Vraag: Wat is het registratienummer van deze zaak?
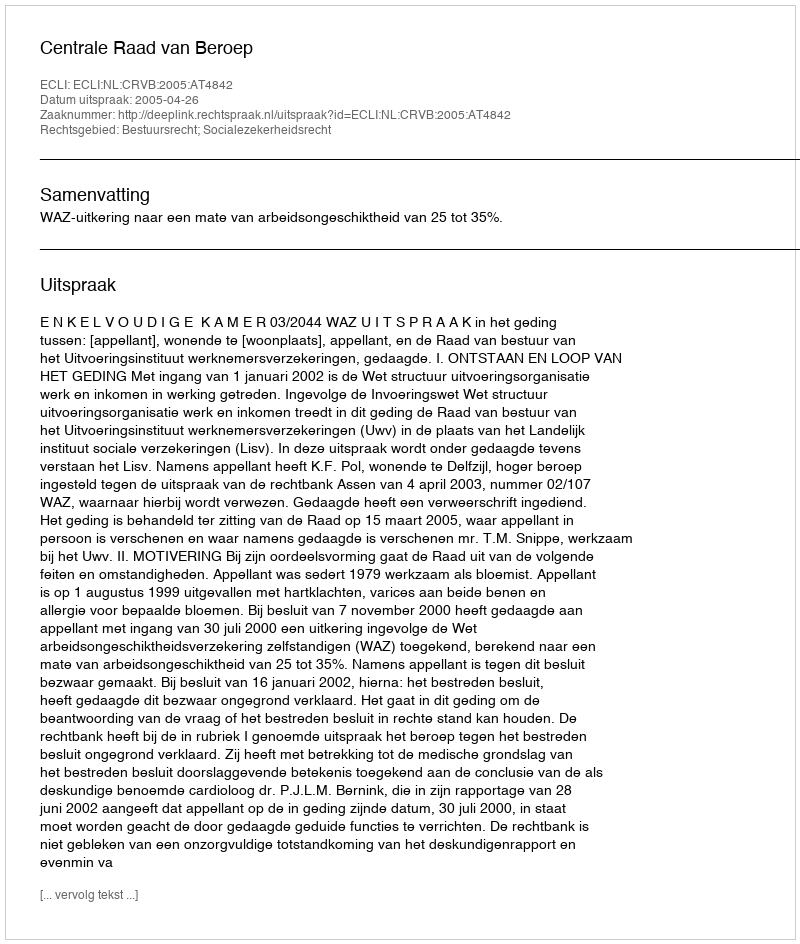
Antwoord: http://deeplink.rechtspraak.nl/uitspraak?id=ECLI:NL:CRVB:2005:AT4842